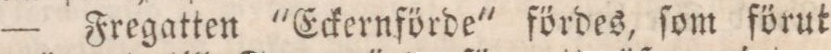
— Fregatten "Eckernförde" fördes, ſom förut